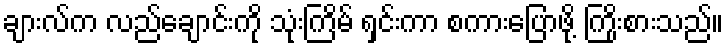
ချားလ်က လည်ချောင်းကို သုံးကြိမ် ရှင်းကာ စကားပြောဖို့ ကြိုးစားသည်။